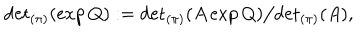
{ \det } _ { ( \pi ) } ( \exp Q ) : = { \det } _ { ( \pi ) } ( A \exp Q ) \big / { \det } _ { ( \pi ) } ( A ) ,